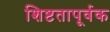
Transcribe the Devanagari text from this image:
शिष्टतापूर्वक